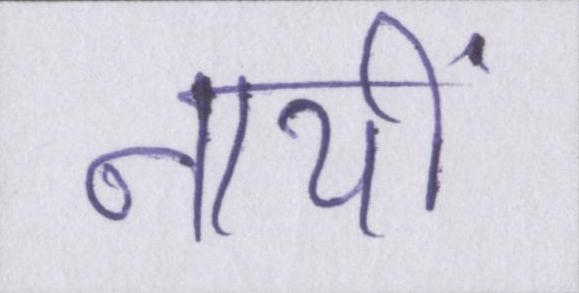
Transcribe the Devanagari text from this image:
नायीं